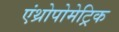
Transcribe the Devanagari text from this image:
एंथ्रोपोमेट्रिक